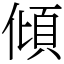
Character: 傾